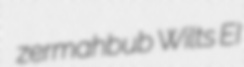
zermahbub Wilts EI